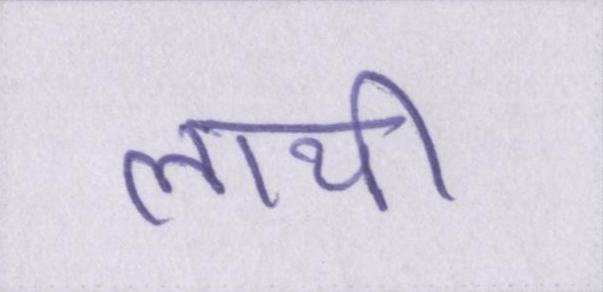
लायी